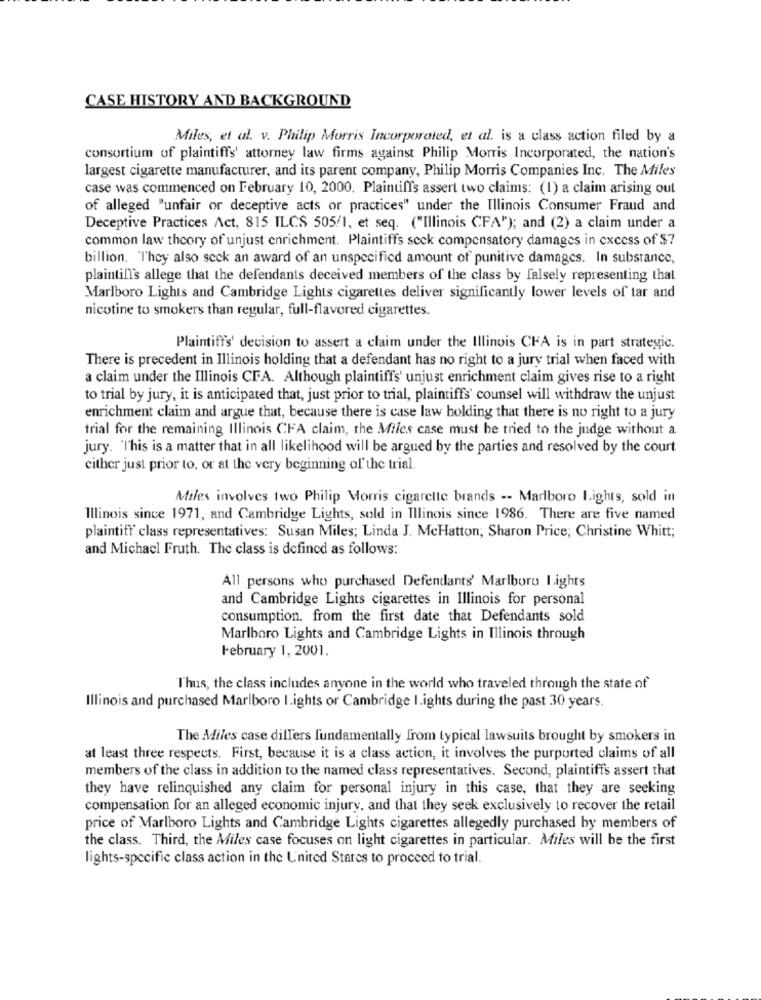
CASE HISTORY AND BACKGROUND
Miles, et al. v. Philip Morris Incorporated, et al. is a class action filed by a
consortium of plaintiffs' attorney law firms against Philip Morris Incorporated, the nation's
largest cigarette manufacturer, and its parent company, Philip Morris Companies Inc. The Miles
case was commenced on February 10, 2000. Plaintiff's assert two claims: (1) a claim arising out
of alleged "unfair or deceptive acts or practices" under the Illinois Consumer Fraud and
Deceptive Practices Act, 815 ILCS 505/1, et seq. ("Illinois CFA"); and (2) a claim under a
common law theory of unjust enrichment. Plaintiffs seck compensatory damages in excess of $7
billion. They also seck an award of an unspecified amount of punitive damages. In substance,
plaintill's allege that the defendants deceived members of the class by falsely representing that
Marlboro Lights and Cambridge Lights cigarettes deliver significantly lower levels of tar and
nicotine to smokers than regular, full-flavored cigarettes.
Plaintiff's' decision to assert a claim under the Illinois CFA is in part strategic.
There is precedent in Illinois holding that a defendant has no right to a jury trial when faced with
a claim under the Illinois CFA. Although plaintiffs' unjust enrichment claim gives rise to a right
to trial by jury, it is anticipated that, just prior to trial, plaintiffs' counsel will withdraw the unjust
enrichment claim and argue that, because there is case law holding that there is no right to a jury
trial for the remaining Illinois CFA claim, the Miles case must be tried to the judge without a.
jury. "This is a matter that in all likelihood will be argued by the parties and resolved by the court
cither just prior to, or at the very beginning of the trial.
Miles involves two Philip Morris cigarette brands -- Marlboro I.ights, sold in
Illinois since 1971, and Cambridge Lights, sold in Illinois since 1986. There are five named
plaintiff class representatives: Susan Miles; Linda J. McHatton, Sharon Price, Christine Whitt;
and Michacl Fruth. The class is defined as follows:
All persons who purchased Defendants' Marlboro Lights
and Cambridge Lights cigarettes in Illinois for personal
consumption. from the first date that Defendants sold
Marlboro Lights and Cambridge Lights in Illinois through
February 1, 2001.
Thus, the class includes anyone in the world who traveled through the state of
Illinois and purchased Marlboro I.ights or Cambridge I.ights during the past 30 years.
The Miles case differs fundamentally from typical lawsuits brought by smokers in
at least three respects. First, because it is a class action, it involves the purported claims of all
members of the class in addition to the named class representatives. Second, plaintiffs assert that
they have relinquished any claim for personal injury in this case, that they are seeking
compensation for an alleged economic injury, and that they seek exclusively to recover the retail
price of Marlboro Lights and Cambridge Lights cigarettes allegedly purchased by members of
the class. Third, the Miles case focuses on light cigarettes in particular. Miles will be the first
lights-specific class action in the United States to proceed to trial.